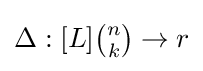
\textstyle \Delta :[L]{\binom {n}{k}}\to r